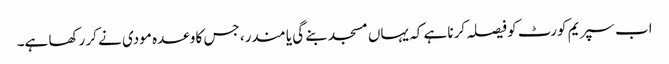
اب سپریم کورٹ کو فیصلہ کرنا ہے کہ یہاں مسجد بنے گی یا مندر، جس کا وعدہ مودی نے کر رکھا ہے۔